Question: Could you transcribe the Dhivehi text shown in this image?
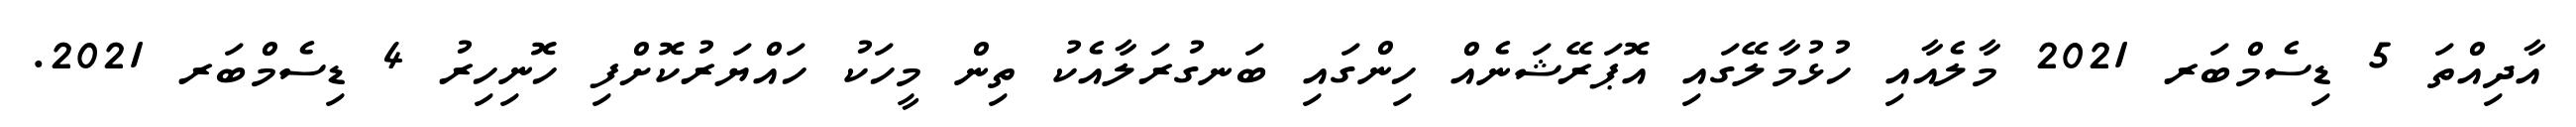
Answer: އާދިއްތަ 5 ޑިސެމްބަރ 2021 މާލެއާއި ހުޅުމާލޭގައި އޮޕަރޭޝަނެއް ހިންގައި ބަނގުރަލާއެކު ތިން މީހަކު ހައްޔަރުކޮށްފި ހޮނިހިރު 4 ޑިސެމްބަރ 2021.